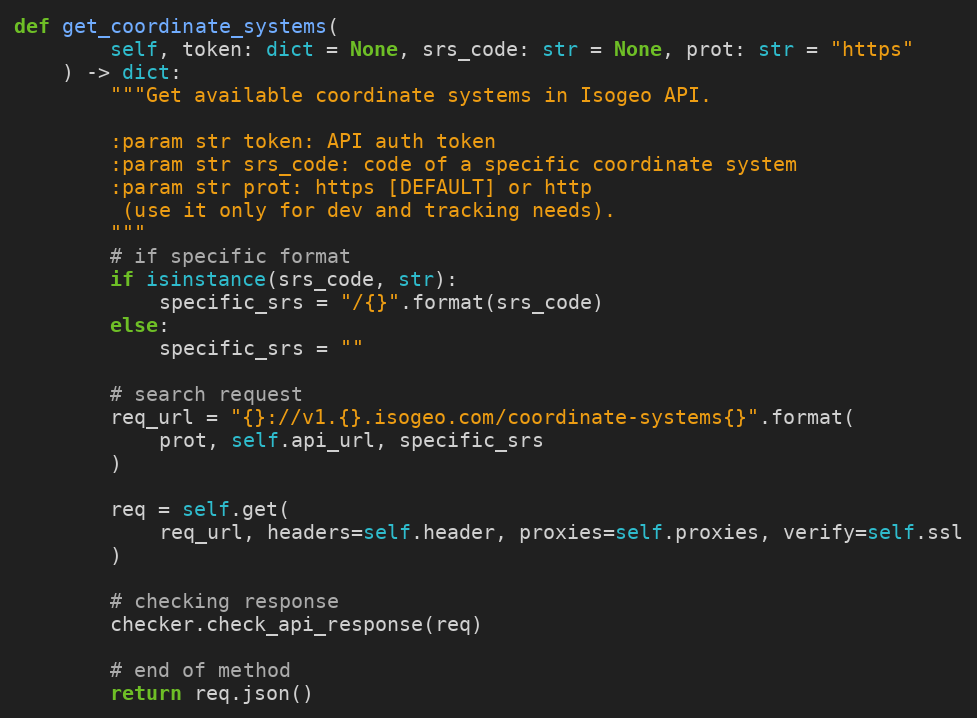
Language: Python
def get_coordinate_systems(
        self, token: dict = None, srs_code: str = None, prot: str = "https"
    ) -> dict:
        """Get available coordinate systems in Isogeo API.

        :param str token: API auth token
        :param str srs_code: code of a specific coordinate system
        :param str prot: https [DEFAULT] or http
         (use it only for dev and tracking needs).
        """
        # if specific format
        if isinstance(srs_code, str):
            specific_srs = "/{}".format(srs_code)
        else:
            specific_srs = ""

        # search request
        req_url = "{}://v1.{}.isogeo.com/coordinate-systems{}".format(
            prot, self.api_url, specific_srs
        )

        req = self.get(
            req_url, headers=self.header, proxies=self.proxies, verify=self.ssl
        )

        # checking response
        checker.check_api_response(req)

        # end of method
        return req.json()